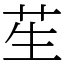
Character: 苼